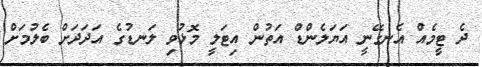
ދެ ޓީމެއް އެނގޭނީ އަޔަލެންޑް އަތުން އިޓަލީ މޮޅުވި ލަނޑުގެ އަދަދަށް ބެލުމަށް